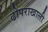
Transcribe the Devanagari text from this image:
ढोपराखाली